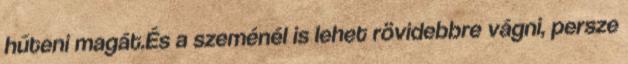
hűteni magát.És a szeménél is lehet rövidebbre vágni, persze